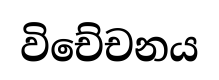
විචේචනය